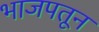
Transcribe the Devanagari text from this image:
भाजपतून